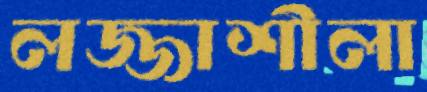
লজ্জাশীলা